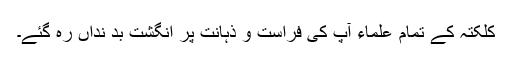
کلکتہ کے تمام علماء آپ کی فراست و ذہانت پر انگشت بد نداں رہ گئے۔